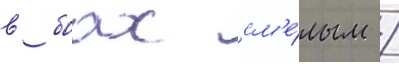
в боах см'е́лым /